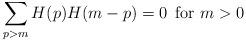
LaTeX: \begin{align*}\sum_{p>m} H(p)H(m-p) = 0\, \mbox{ for } m > 0\end{align*}